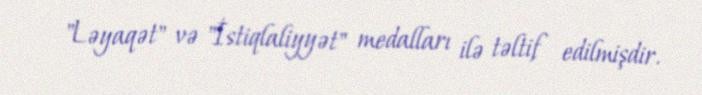
"Ləyaqət" və "İstiqlaliyyət" medalları ilə təltif edilmişdir.